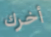
أخرك